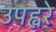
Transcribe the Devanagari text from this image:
उपह्वरे